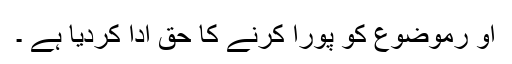
او رموضوع کو پورا کرنے کا حق ادا کردیا ہے ۔